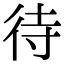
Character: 待